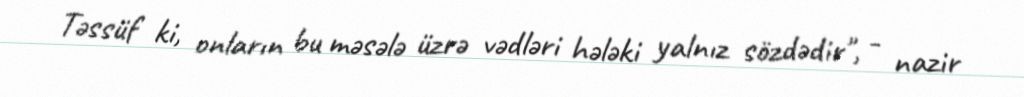
Təssüf ki, onların bu məsələ üzrə vədləri hələki yalnız sözdədir", - nazir